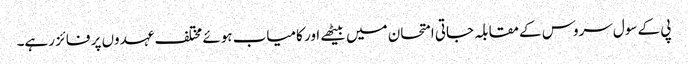
پی کے سول سروس کے مقابلہ جاتی امتحان میں بیٹھے اور کامیاب ہوئے مختلف عہدوں پر فائز رہے۔